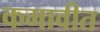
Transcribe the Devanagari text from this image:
कमावीत